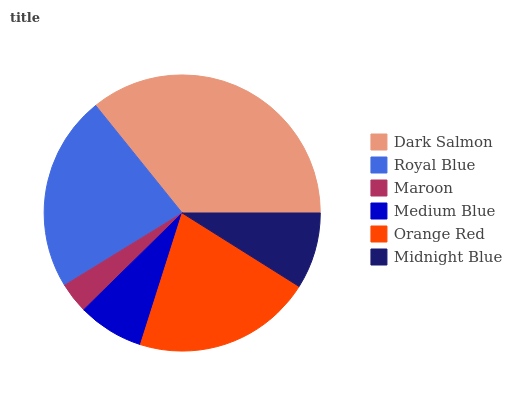
| Dark Salmon | Royal Blue | Maroon | Medium Blue | Orange Red | Midnight Blue |
 | --- | --- | --- | --- | --- | --- |
 | 35.8% | 22.9% | 3.6% | 7.75% | 21% | 8.93% |